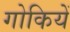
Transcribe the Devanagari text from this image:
गोकियें